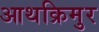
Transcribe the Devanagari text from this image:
आथक्रिमुर